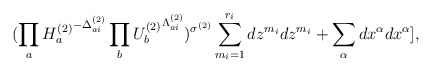
\begin{align*} (\prod_{a}{H_{a}^{(2)}}^{-\Delta_{ai}^{(2)}}\prod_{b}{U_{b}^{(2)}}^{\Lambda_{ai}^{(2)}})^{\sigma^{(2)}} \sum_{m_{i}=1}^{r_{i}}dz^{m_{i}}dz^{m_{i}} +\sum _{\alpha}dx^{\alpha}dx^{\alpha}], \end{align*}